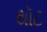
થૉટ